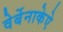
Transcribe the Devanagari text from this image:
वेर्बेनाकेऐ